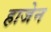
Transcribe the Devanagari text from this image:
हाजेन